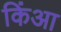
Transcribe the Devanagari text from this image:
किंआ